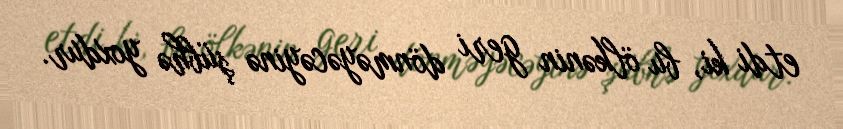
etdi ki, bu ölkənin geri dönməyəcəyinə şübhə yoxdur.